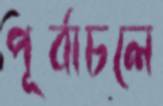
পূর্বাচলে